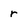
Character: r